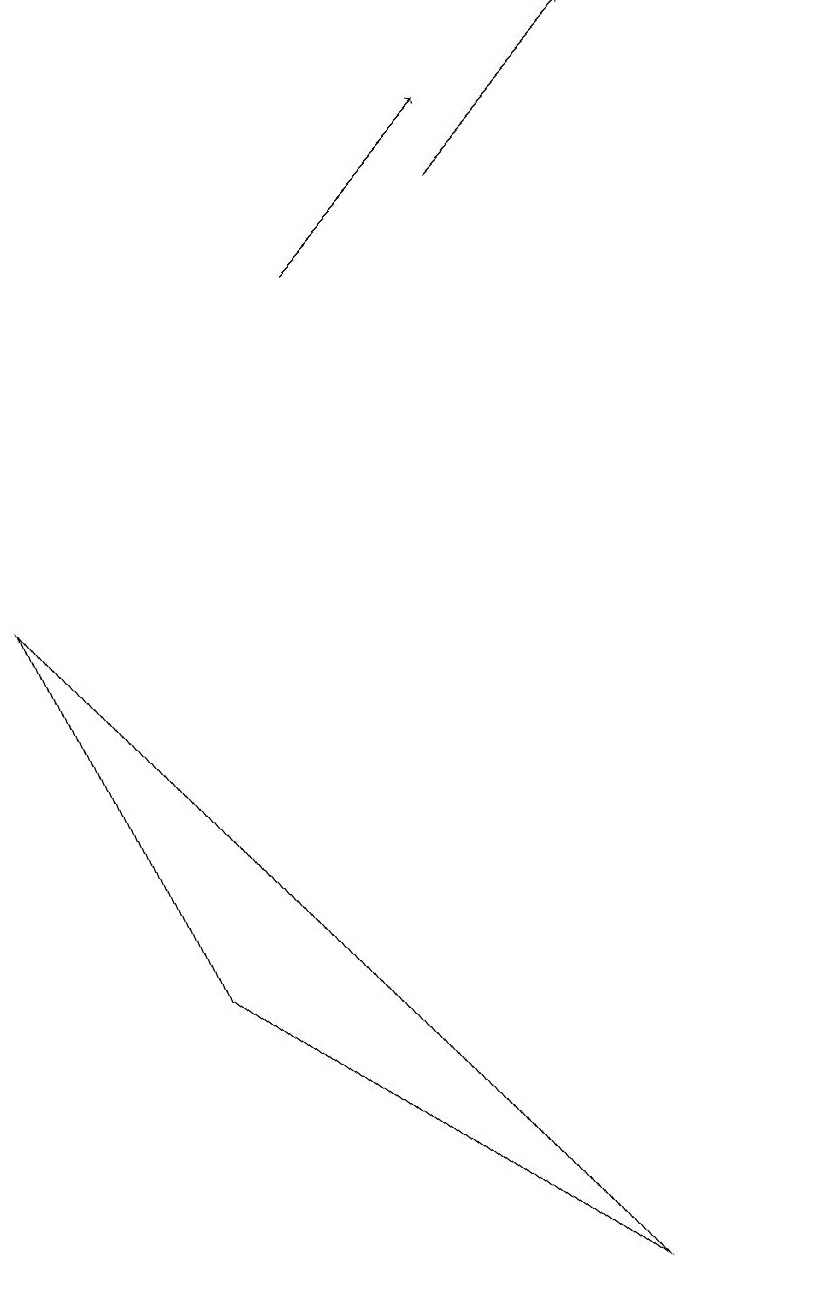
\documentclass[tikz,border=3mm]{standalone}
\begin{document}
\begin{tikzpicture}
\draw[->] (7,14) -- (9,16);
\draw (8,0) -- (1,9) -- (3,4) -- cycle;
\draw (11,11) circle (0);
\draw[->] (5,13) -- (7,15);
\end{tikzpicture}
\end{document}